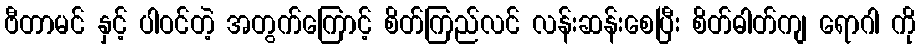
ဗီတာမင် နှင့် ပါဝင်တဲ့ အတွက်ကြောင့် စိတ်ကြည်လင် လန်းဆန်းစေပြီး စိတ်ဓါတ်ကျ ရောဂါ ကို